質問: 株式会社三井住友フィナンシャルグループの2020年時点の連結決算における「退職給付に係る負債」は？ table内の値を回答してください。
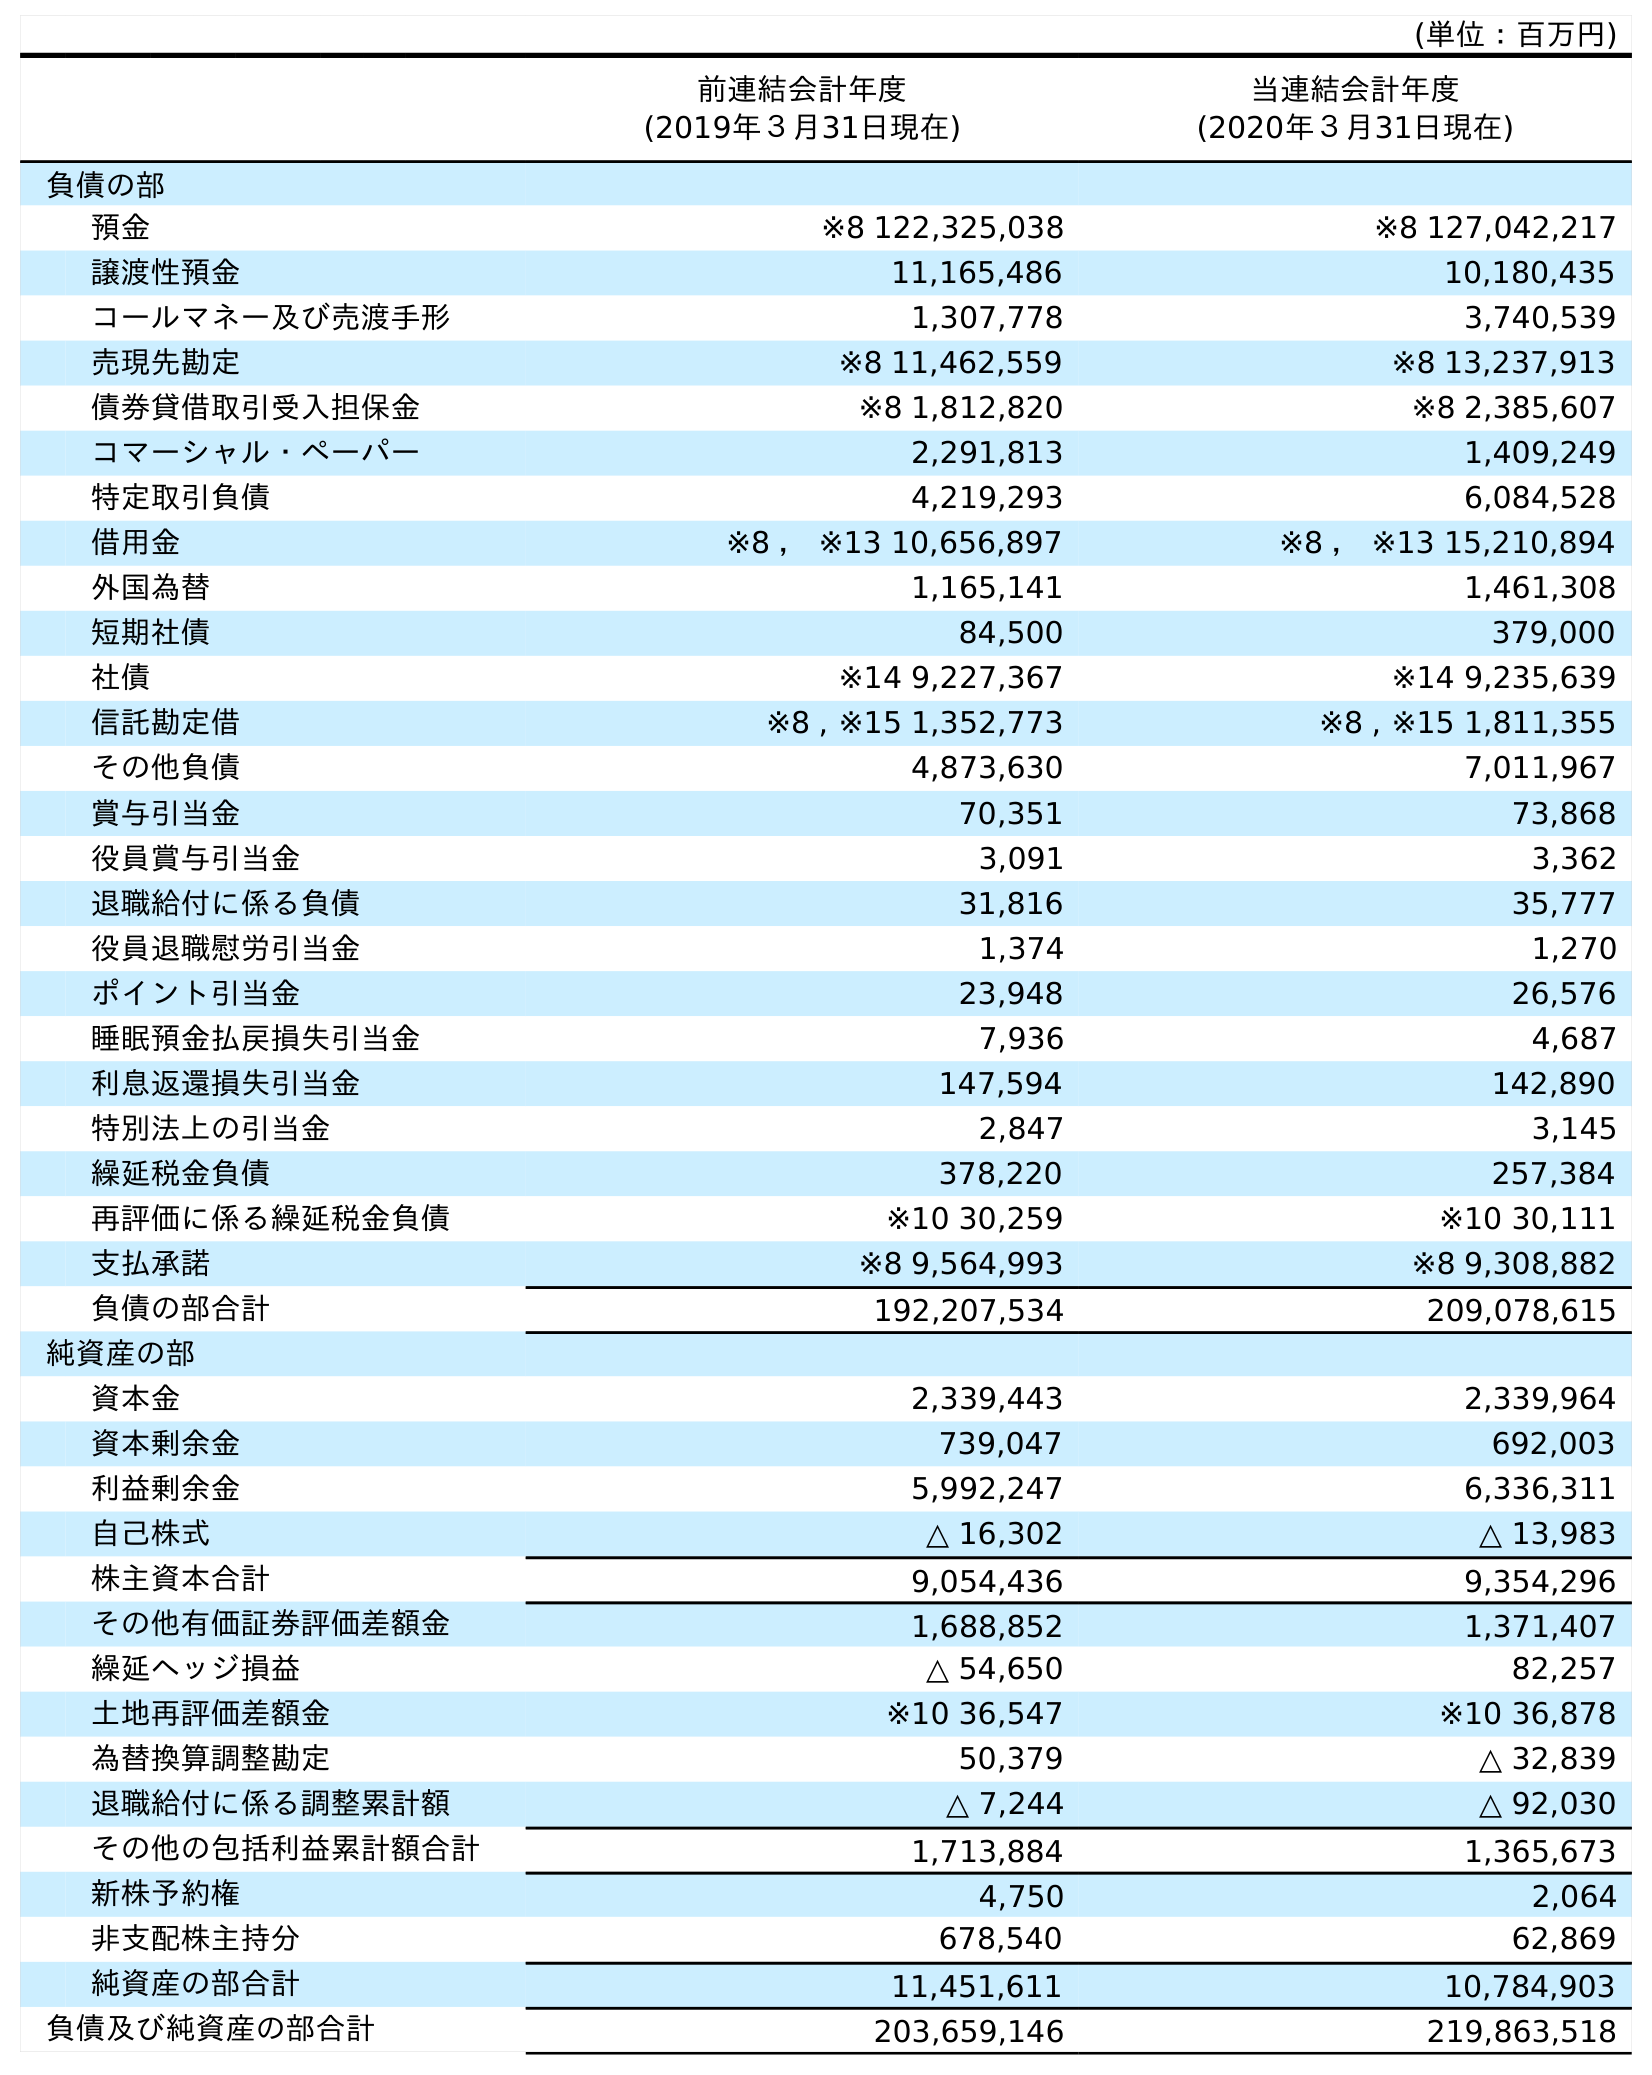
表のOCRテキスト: (単位：百万円) 前連結会計年度 (2019年３月31日現在) 当連結会計年度 (2020年３月31日現在) 負債の部 預金 ※8 122,325,038 ※8 127,042,217 譲渡性預金 11,165,486 10,180,435 コールマネー及び売渡手形 1,307,778 3,740,539 売現先勘定 ※8 11,462,559 ※8 13,237,913 債券貸借取引受入担保金 ※8 1,812,820 ※8 2,385,607 コマーシャル・ペーパー 2,291,813 1,409,249 特定取引負債 4,219,293 6,084,528 借用金 ※8 ， ※13 10,656,897 ※8 ， ※13 15,210,894 外国為替 1,165,141 1,461,308 短期社債 84,500 379,000 社債 ※14 9,227,367 ※14 9,235,639 信託勘定借 ※8 , ※15 1,352,773 ※8 , ※15 1,811,355 その他負債 4,873,630 7,011,967 賞与引当金 70,351 73,868 役員賞与引当金 3,091 3,362 退職給付に係る負債 31,816 35,777 役員退職慰労引当金 1,374 1,270 ポイント引当金 23,948 26,576 睡眠預金払戻損失引当金 7,936 4,687 利息返還損失引当金 147,594 142,890 特別法上の引当金 2,847 3,145 繰延税金負債 378,220 257,384 再評価に係る繰延税金負債 ※10 30,259 ※10 30,111 支払承諾 ※8 9,564,993 ※8 9,308,882 負債の部合計 192,207,534 209,078,615 純資産の部 資本金 2,339,443 2,339,964 資本剰余金 739,047 692,003 利益剰余金 5,992,247 6,336,311 自己株式 △ 16,302 △ 13,983 株主資本合計 9,054,436 9,354,296 その他有価証券評価差額金 1,688,852 1,371,407 繰延ヘッジ損益 △ 54,650 82,257 土地再評価差額金 ※10 36,547 ※10 36,878 為替換算調整勘定 50,379 △ 32,839 退職給付に係る調整累計額 △ 7,244 △ 92,030 その他の包括利益累計額合計 1,713,884 1,365,673 新株予約権 4,750 2,064 非支配株主持分 678,540 62,869 純資産の部合計 11,451,611 10,784,903 負債及び純資産の部合計 203,659,146 219,863,518
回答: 35,777